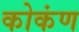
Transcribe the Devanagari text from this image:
कोकंण